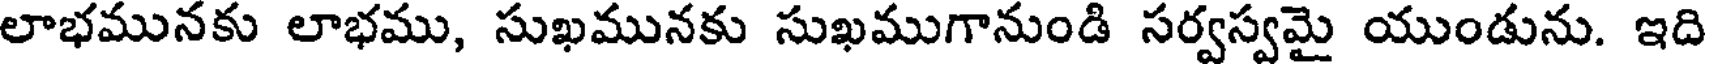
లాభమునకు లాభము, సుఖమునకు సుఖముగానుండి సర్వస్వమై యుండును. ఇది